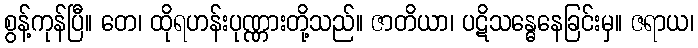
စွန့်ကုန်ပြီ။ တေ၊ ထိုရဟန်းပုဏ္ဏားတို့သည်။ ဇာတိယာ၊ ပဋိသန္ဓေနေခြင်းမှ။ ဇရာယ၊